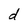
Character: d